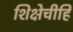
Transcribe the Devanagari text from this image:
शिक्षेचीहि